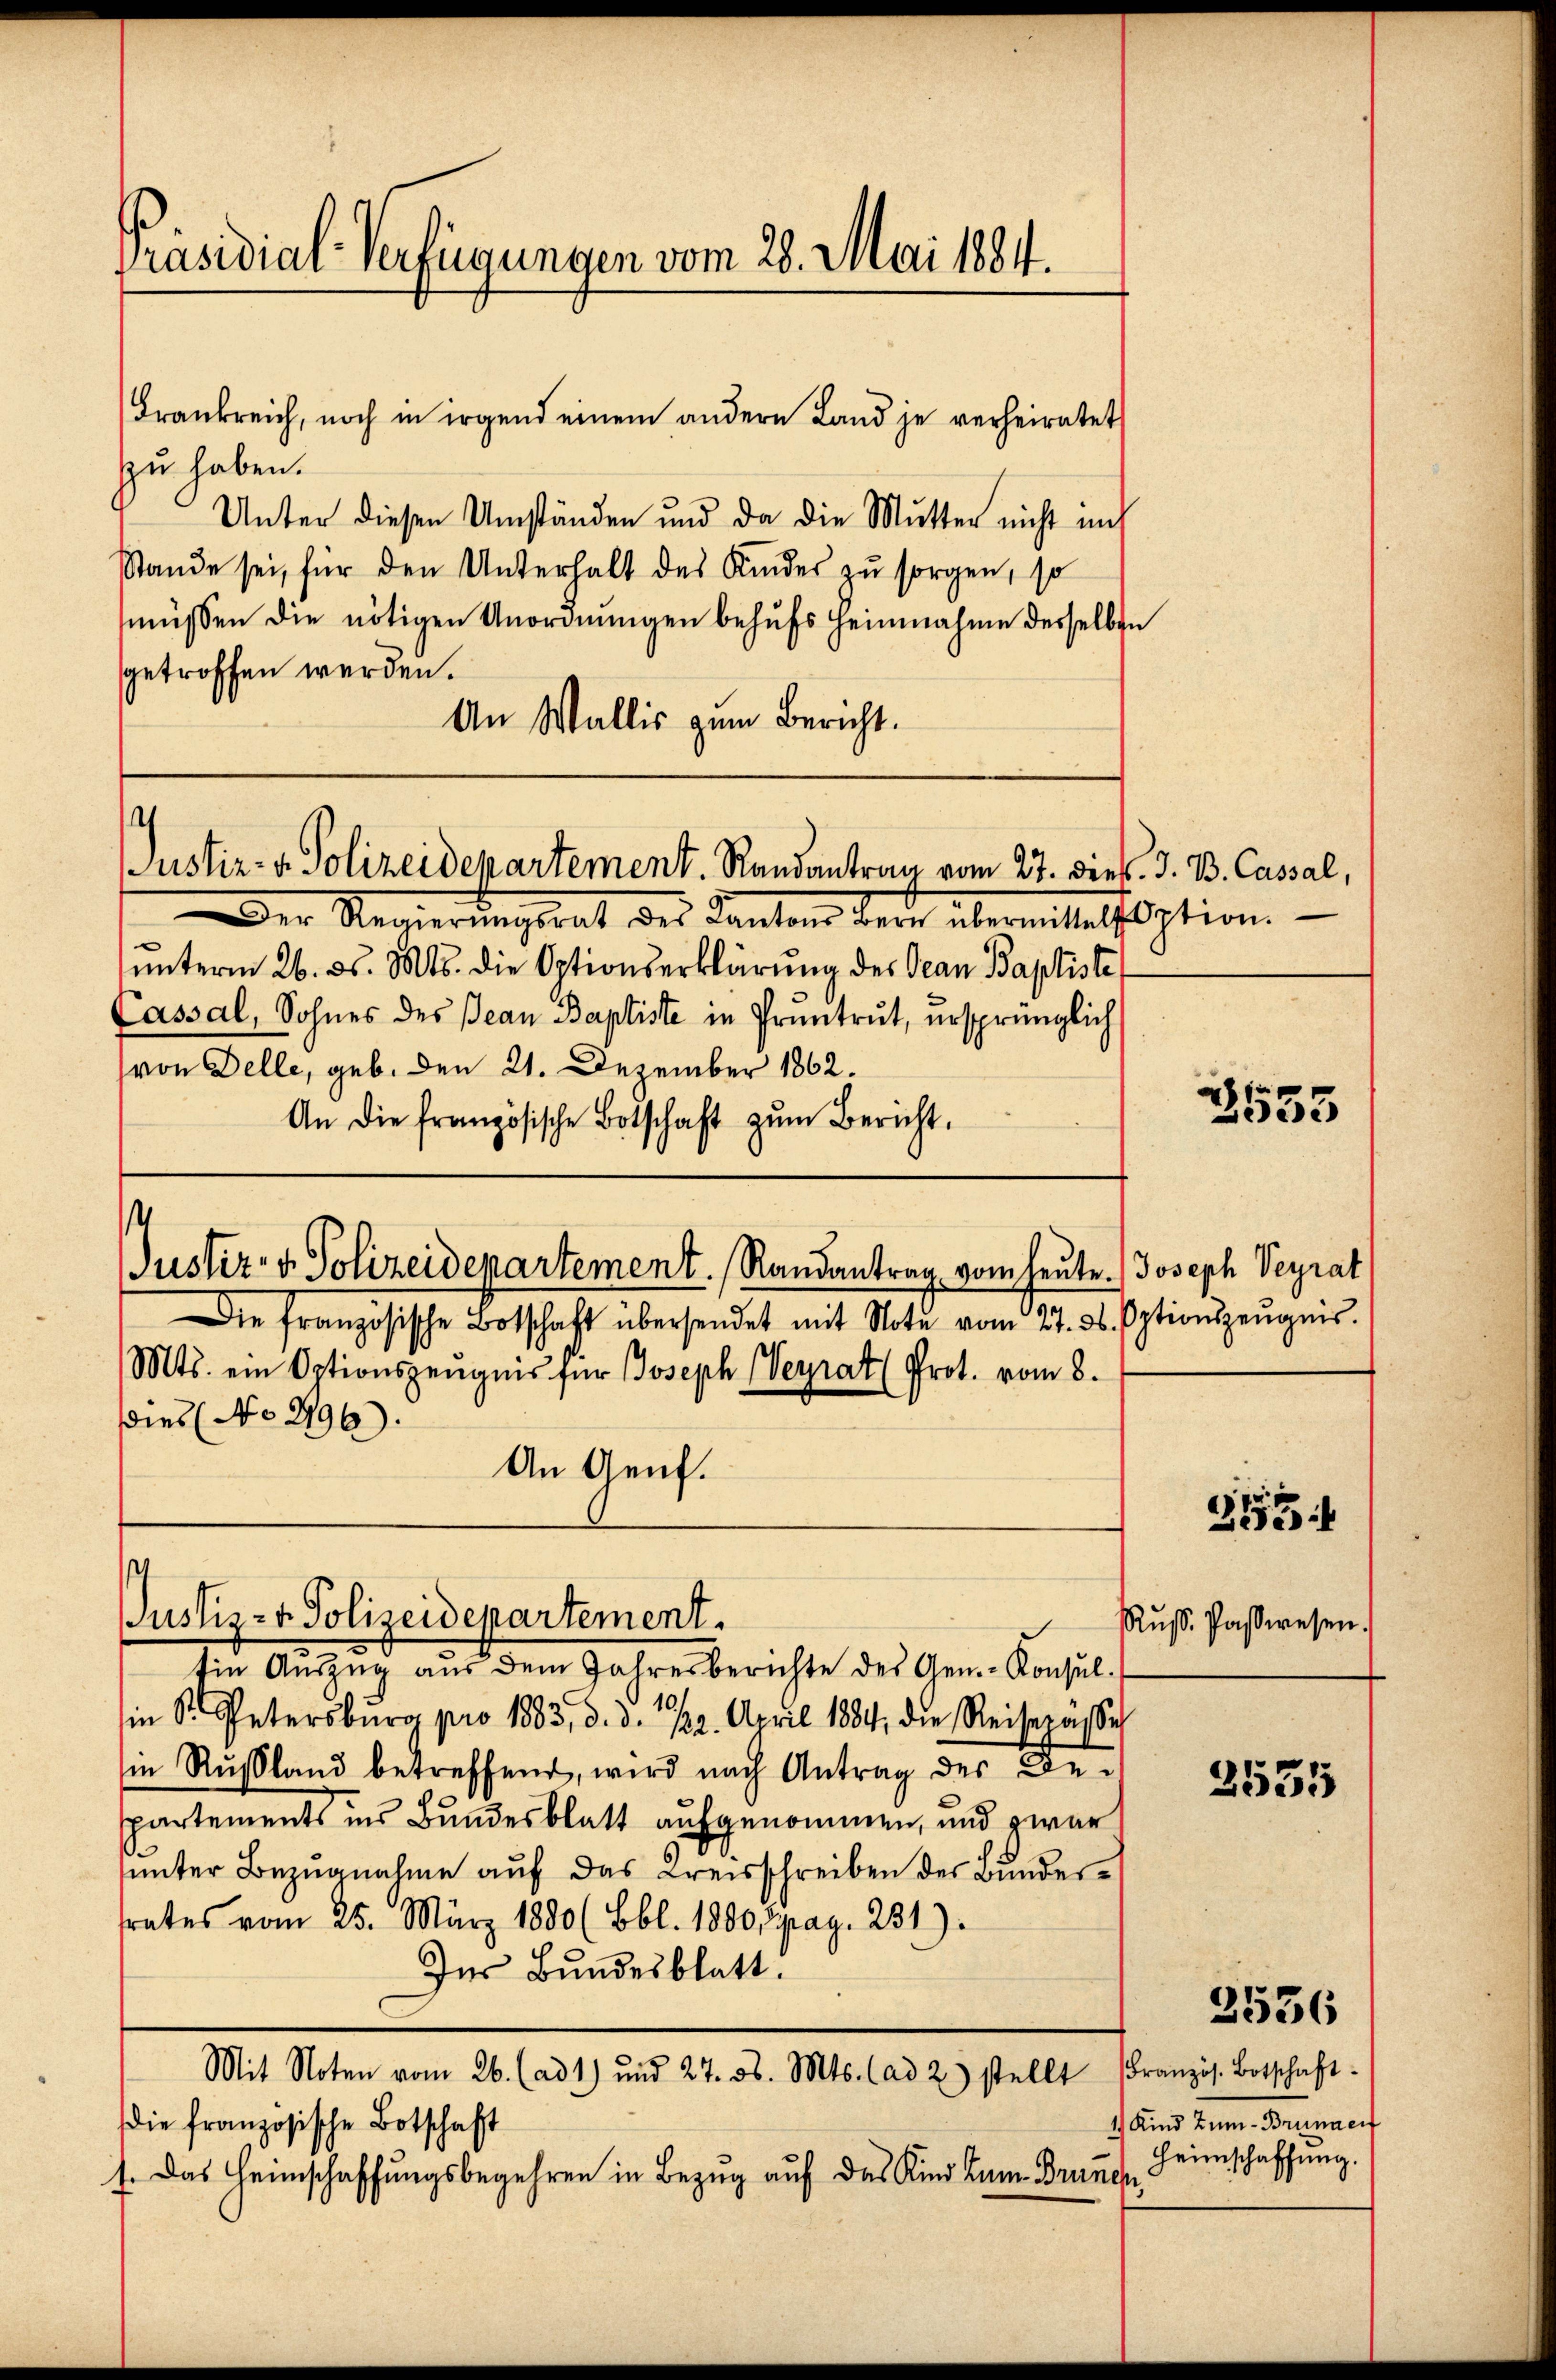
Präsidial-Verfügungen vom 28. Mai 1884.

Frankreich, noch in irgend einem andern Land je verheiratet
zu haben.
Unter diesen Umständen und da die Mutter nicht im
Stande sei, für den Unterhalt des Kinder zŭ sorgen, so
müssen die nötigen Unordnŭngen behŭfs Heinnahme desselben
getroffen werden.
An Wallis zum Bericht.

¬
Justiz- & Polizeidepartement. Randantrag vom 27. Dieb. J. B. Cassal

s
Justiz- & Polizeidepartement.

Der Regierŭngsrat des Kantons dere übermittels option.
ŭnterm 26. ds. Mts. die Optionserklärung des Jean Baptiste
Cassal, Sohnes des Jean Baptiste in Pruntrut, ursprünglich
(von Delle, geb. Den 21. Dezember 1862.
An die französische Botschaft zŭm Bericht.
Justiz- & Polizeidepartement. Randantrag vom heute. Joseph Veyrat
de
Die französische Botschaft übersendet mit Note vom 11. ds. Optionszeŭgnis.
Mts. ein Optionszeugnis für Joseph (Veyrat (Prot. vom 8.
Dies (No. 2196):
An Genf.

Ein Auszug aus dem Jahresberichte des Gen.- Konsul-
in S. Petersburg pro 1883, d. d. 22. April 1884, die Reisepässe
in Russland betreffend, wird nach Antrag des Be-
partements ins Bundesblatt aufgenommen, und zwar
sunter Bezugnahme auf das Kreisschreiben der Bundersrates vom 25. März 1880 (Bbl. 1800 Spag. 231).
Ins Bundesblatt.
Mit Noten vom 26. (ad 1) und 27. 56. Mts. (ad 2) stellt Französ. Botschaft.
die französische Botschaft
1. Das Heimschaffungsbegehren in Bezug auf das Kind zum Branch

3555

Rus. Paßwesen.

3

2555

4) Kind zum Brunner
Heimschaffung.

2536